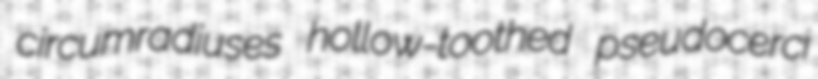
circumradiuses hollow-toothed pseudocerci